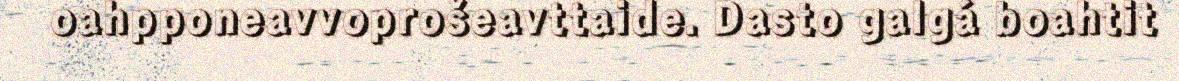
oahpponeavvoprošeavttaide. Dasto galgá boahtit